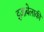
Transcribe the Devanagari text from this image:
इज़ाबेलाकी